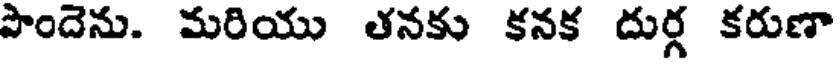
పొందెను. మరియు తనకు కనక దుర్గ కరుణా